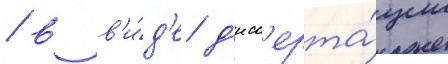
/ в в'и́д'е д'исс'ерта́ции